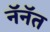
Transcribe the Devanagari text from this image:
नॅनॅत